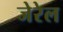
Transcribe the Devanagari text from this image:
जेरेल